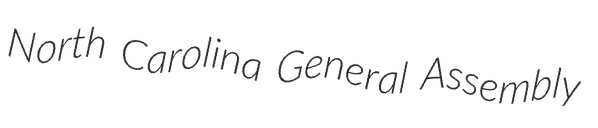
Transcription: North Carolina General Assembly